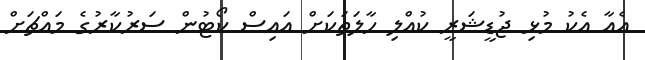
އެއާ އެކު މުޅި ޖުޑީޝަރީ ކުއްލި ހާލަތަކަށް އައިސް ކޯޓުން ސަރުކާރުގެ މައްޗަށް